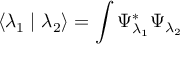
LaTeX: \left< \lambda _ { 1 } \mid \lambda _ { 2 } \right> = \int \Psi _ { \lambda _ { 1 } } ^ { * } \Psi _ { \lambda _ { 2 } }